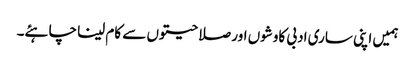
ہمیں اپنی ساری ادبی کاوشوں اور صلاحیتوں سے کام لینا چاہئے۔